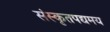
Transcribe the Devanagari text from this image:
संस्कृतपद्यमय